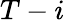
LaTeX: T-i